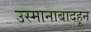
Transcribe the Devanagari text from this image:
उस्मानाबादहून